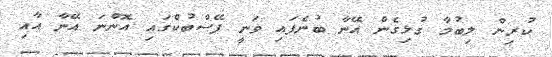
ކުރިން ލިބުމާ ގުޅިގެން އޭނާ ބުނެފައި ވަނީ ފޭސްބުކްގައި އޮންނަ އޭނާ އާއި